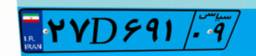
۲۷D۶۹۱۰۹